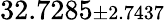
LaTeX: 32.7285{\scriptstyle\pm 2.7437}